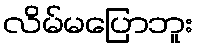
လိမ်မပြောဘူး